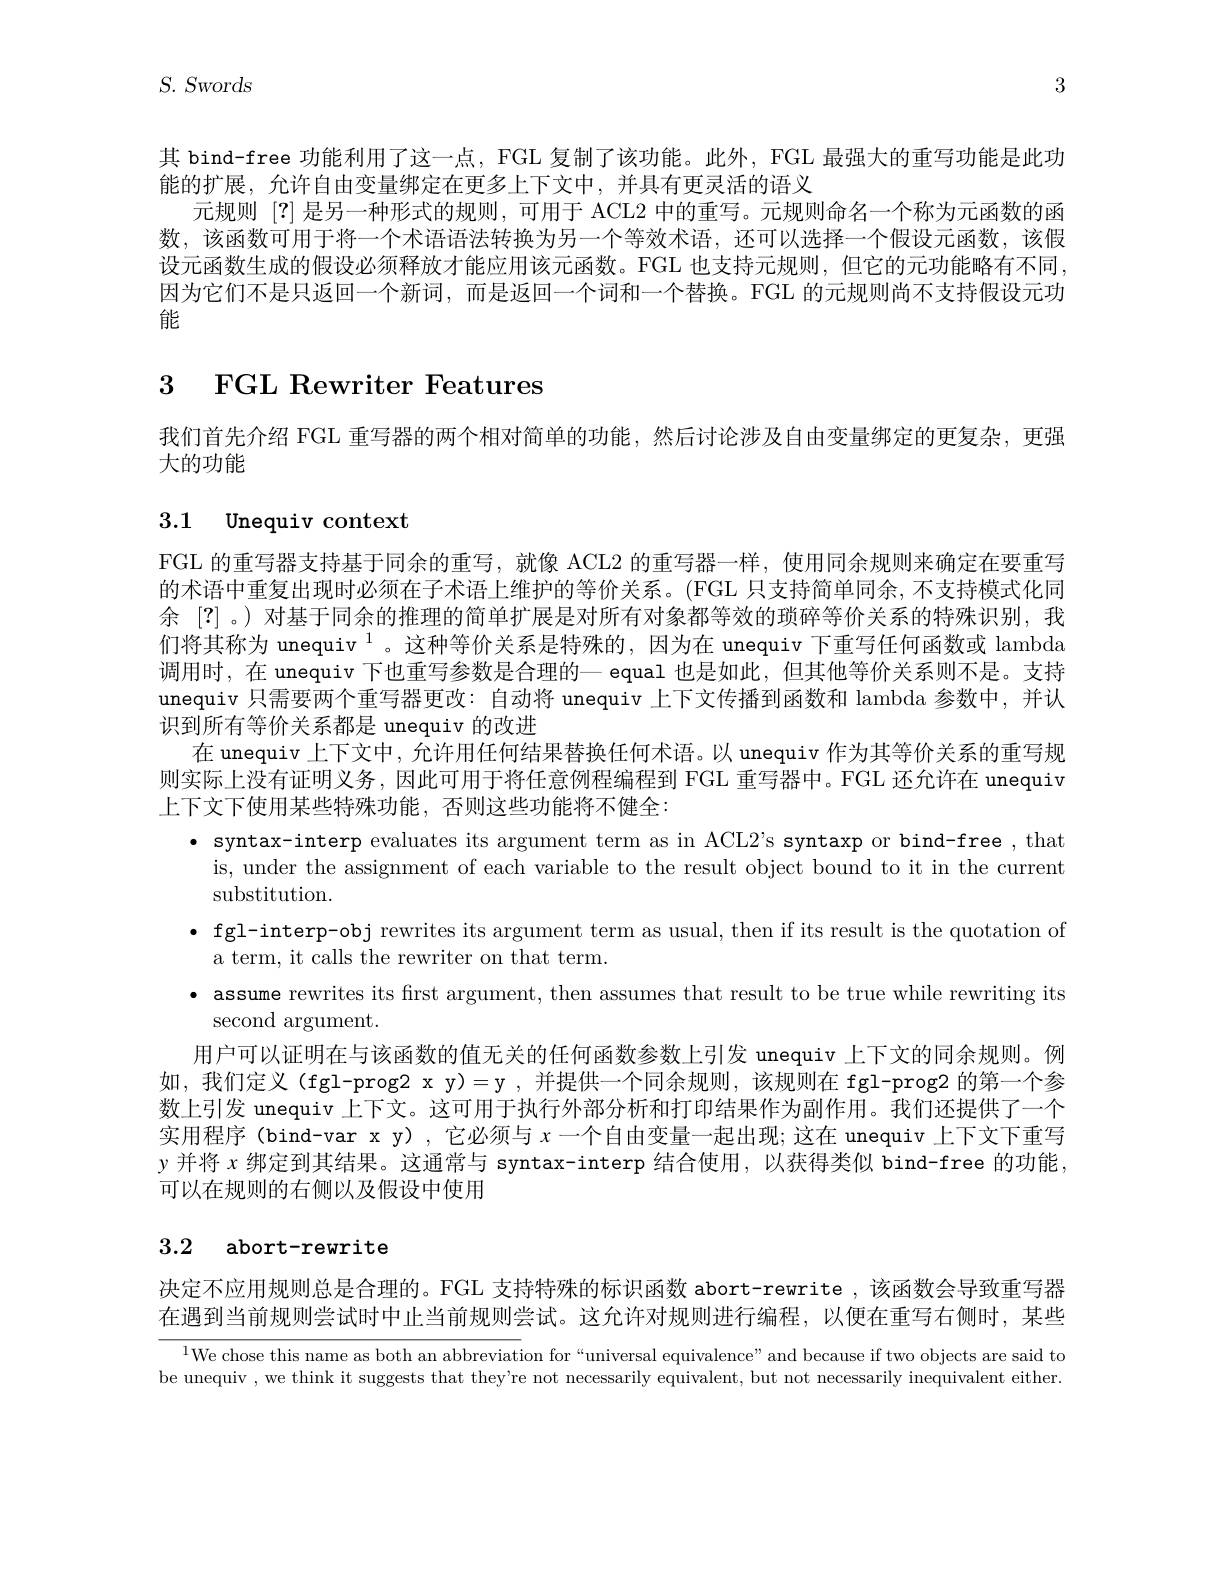
$S.$ $S_{\mathrm{wor}}ds$

3

其 bind-free 功能利用了这一点，FGL 复制了该功能。此外，FGL 最强大的重写功能是此功
能的扩展，允许自由变量绑定在更多上下文中，并具有更灵活的语义
元规则[?]是另一种形式的规则，可用于 ACL2 中的重写。元规则命名一个称为元函数的函数，该函数可用于将一个术语语法转换为另一个等效术语，还可以选择一个假设元函数，该假设元函数生成的假设必须释放才能应用该元函数。FGL 也支持元规则，但它的元功能略有不同因为它们不是只返回一个新词，而是返回一个词和一个替换。FGL 的元规则尚不支持假设元功能

# 3 FGL Rewriter Features

我们首先介绍 FGL 重写器的两个相对简单的功能，然后讨论涉及自由变量绑定的更复杂，更强
大的功能

## 3.1 Unequiv context

FGL 的重写器支持基于同余的重写，就像 ACL2 的重写器一样，使用同余规则来确定在要重写的术语中重复出现时必须在子术语上维护的等价关系。(FGL 只支持简单同余，不支持模式化同余[?] 。) 对基于同余的推理的简单扩展是对所有对象都等效的琐碎等价关系的特殊识别，我们将其称为 unequiv $^{1}$。这种等价关系是特殊的，因为在 unequiv 下重写任何函数或 lambda 调用时，在 unequiv 下也重写参数是合理的一 equal 也是如此，但其他等价关系则不是。支持unequiv 只需要两个重写器更改：自动将 unequiv 上下文传播到函数和 lambda 参数中，并认识到所有等价关系都是 unequiv 的改进
在 unequiv 上下文中，允许用任何结果替换任何术语。以 unequiv 作为其等价关系的重写规则实际上没有证明义务，因此可用于将任意例程编程到 FGL 重写器中。FGL 还允许在 unequiv 上下文下使用某些特殊功能，否则这些功能将不健全：
· syntax-interp evaluates its argument term as in ACL2's syntaxp or bind-free, that
is, under the assignment of each variable to the result object bound to it in the current
substitution.
· fgl-interp-obj rewrites its argument term as usual, then if its result is the quotation of
a term, it calls the rewriter on that term.
· assume rewrites its first argument, then assumes that result to be true while rewriting its
second argument.
用户可以证明在与该函数的值无关的任何函数参数上引发 unequiv 上下文的同余规则。例如，我们定义(fgl-prog2 x y)=y ,并提供一个同余规则，该规则在 fgl-prog2 的第一个参数上引发 unequiv 上下文。这可用于执行外部分析和打印结果作为副作用。我们还提供了一个实用程序(bind-var x y),它必须与$x$一个自由变量一起出现；这在 unequiv 上下文下重写y 并将$x$绑定到其结果。这通常与 syntax-interp 结合使用，以获得类似 bind-free 的功能可以在规则的右侧以及假设中使用

## 3.2 abort-rewrite

决定不应用规则总是合理的。FGL 支持特殊的标识函数 abort-rewrite ,该函数会导致重写器在遇到当前规则尝试时中止当前规则尝试。这允许对规则进行编程，以便在重写右侧时，某些

$^{1}$We chose this name as both an abbreviation for“universal equivalence”and because if two objects are said to be unequiv , we think it suggests that they're not necessarily equivalent, but not necessarily inequivalent either